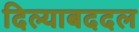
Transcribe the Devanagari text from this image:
दिल्याबददल